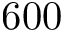
6 0 0